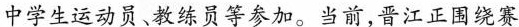
中学生运动员、教练员等参加。当前，晋江正围绕赛